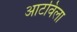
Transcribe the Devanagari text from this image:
आटविला